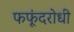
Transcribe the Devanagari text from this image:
फफूंदरोधी